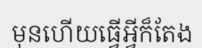
មុនហើយធ្វើអ្វីក៏តែង